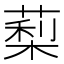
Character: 䔧